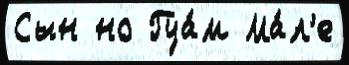
Сын но Гуа́м Ма́л'е